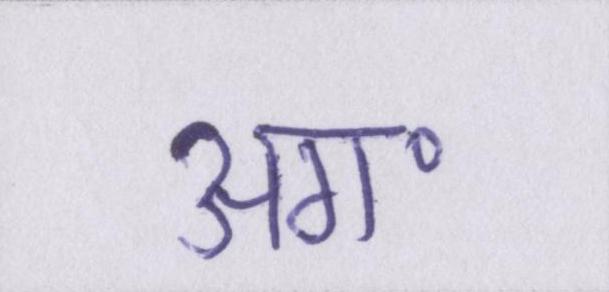
अग॰